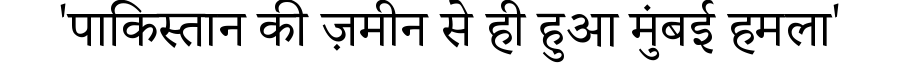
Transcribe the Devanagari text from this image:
'पाकिस्तान की ज़मीन से ही हुआ मुंबई हमला'